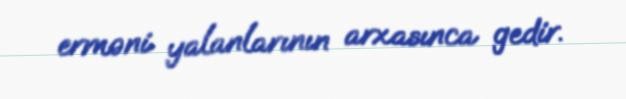
erməni yalanlarının arxasınca gedir.